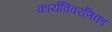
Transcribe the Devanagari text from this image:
कार्यविवरणिका